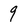
Character: 9